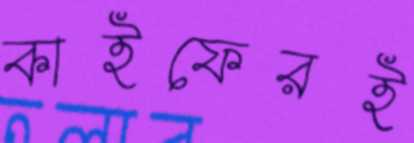
কাইফেরই